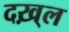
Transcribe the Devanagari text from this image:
दख़्ल